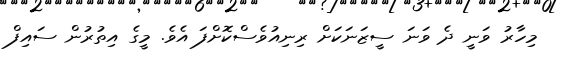
މިހާރު ވަނީ ދެ ވަނަ ސީޒަނަކަށް ރިނިއުވެސްކޮށްފަ އެވެ. މީގެ އިތުރުން ސައިފް